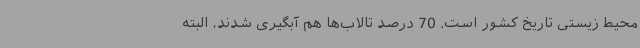
محیط زیستی تاریخ کشور است. 70 درصد تالاب‌ها هم آبگیری شدند، البته